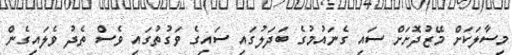
މިސާލަކަށް މޭޒުދޮށަށް ސައި ގެނައުމުގެ ބަދަލުގައި ސައިގެ ވަގުތުގައި ވެސް ތެދު ވެލައިގެން